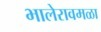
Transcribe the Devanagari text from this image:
भालेरावमळा